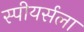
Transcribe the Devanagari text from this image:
स्पीयर्सला